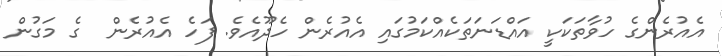
އެއުރެންގެ ހުވާތަކަކީ އައްޑަނަތަކެއްކަމުގައި އެއުރެން ހެދޫއެވެ. ފަހެ އެއުރެން  ގެ މަގުން